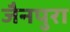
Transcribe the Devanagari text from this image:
जैनपुरा